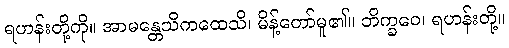
ရဟန်းတို့ကို။ အာမန္တေသိကထေသိ၊ မိန့်တော်မူ၏။ ဘိက္ခဝေ၊ ရဟန်းတို့။